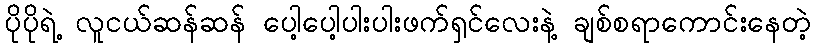
ပိုပိုရဲ့ လူငယ်ဆန်ဆန် ပေါ့ပေါ့ပါးပါးဖက်ရှင်လေးနဲ့ ချစ်စရာကောင်းနေတဲ့